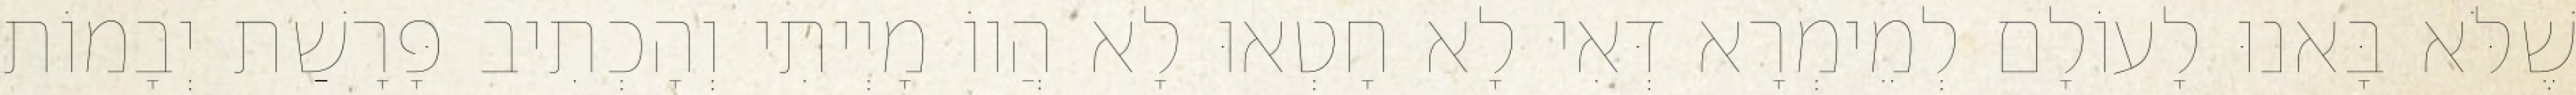
שֶׁלֹּא בָּאנוּ לָעוֹלָם לְמֵימְרָא דְּאִי לָא חָטְאוּ לָא הֲווֹ מָיְיתִי וְהָכְתִיב פָּרָשַׁת יְבָמוֹת